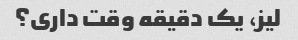
لیز، یک دقیقه وقت داری؟